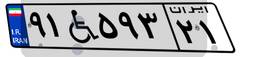
۲۳W۵۲۹۰۴